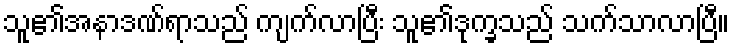
သူ၏အနာဒဏ်ရာသည် ကျက်လာပြီး သူ၏ဒုက္ခသည် သက်သာလာပြီ။